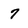
Character: 7